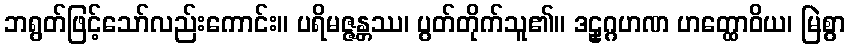
ဘရွတ်ဖြင့်သော်လည်းကောင်း။ ပရိမဇ္ဇန္တဿ၊ ပွတ်တိုက်သူ၏။ ဒဠှဂ္ဂဟဏ ဟတ္ထောဝိယ၊ မြဲစွာ